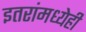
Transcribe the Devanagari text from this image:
इतरांमध्येही